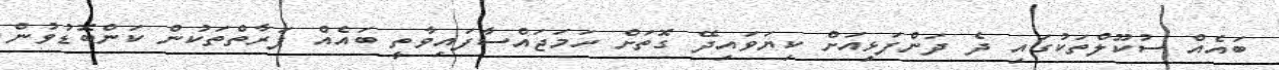
ބައެއް ސުކޫލްތަކުގައި ދެ ދަންފަޅިއަށް ކިޔަވައިދޭ ގޮތަށް ހަމަޖައްސާފައިވާތީ ބައެއް ފަރާތްތަކުން ކަންބޮޑުވުން